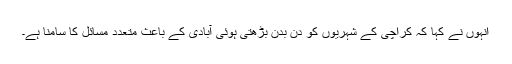
انہوں نے کہا کہ کراچی کے شہریوں کو دن بدن بڑھتی ہوئی آبادی کے باعث متعدد مسائل کا سامنا ہے۔